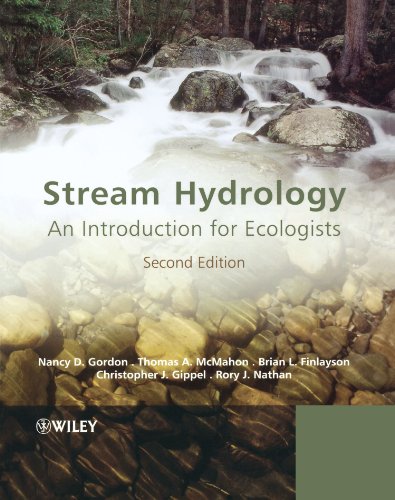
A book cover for Stream Hydrology: An Introduction for Ecologists; Nancy D. Gordon; Science & Math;